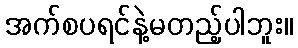
အက်စပရင်နဲ့မတည့်ပါဘူး။